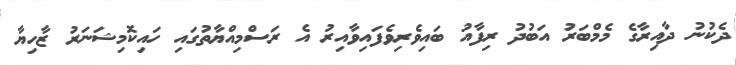
ދެކުނު ދާއިރާގެ މެމްބަރު އަބުދު ރިފާއު ބައިވެރިވެފައިވާއިރު އެ ރަސްމިއްޔާތުގައި ހައިކޮމިޝަނަރު ޒާހިޔާ